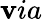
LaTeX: \mathbf{v}ia